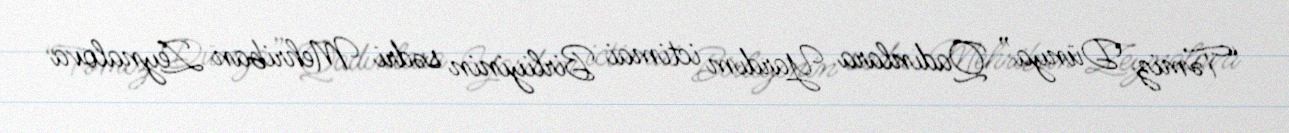
“Təmiz Dünya” Qadınlara Yardım ictimai Birliyinin sədri Mehriban Zeynalova